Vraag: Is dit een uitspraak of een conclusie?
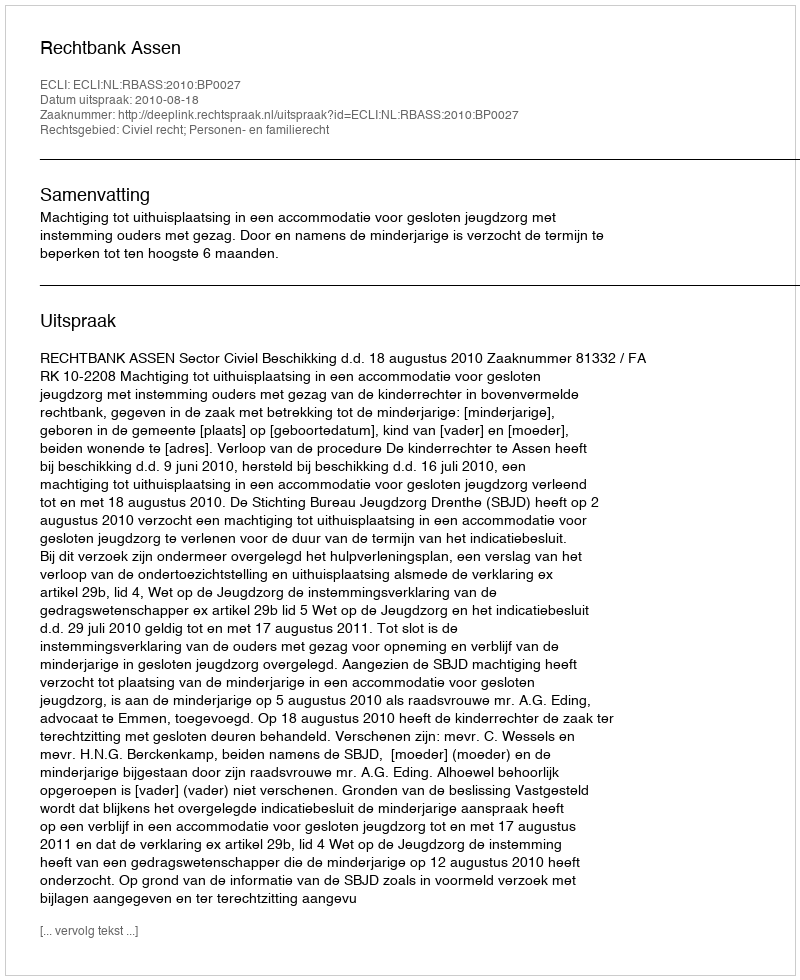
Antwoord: Uitspraak